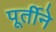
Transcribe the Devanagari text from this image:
पूर्तीने